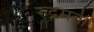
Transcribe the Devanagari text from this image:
रुद्रमती